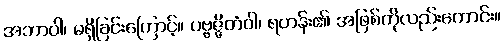
အဘာဝါ၊ မရှိခြင်းကြောင့်။ ပဗ္ဗဇ္ဇိတံဝါ၊ ရဟန်း၏ အဖြစ်ကိုလည်းကောင်း။